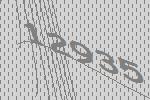
12935